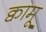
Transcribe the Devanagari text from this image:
क्वामू